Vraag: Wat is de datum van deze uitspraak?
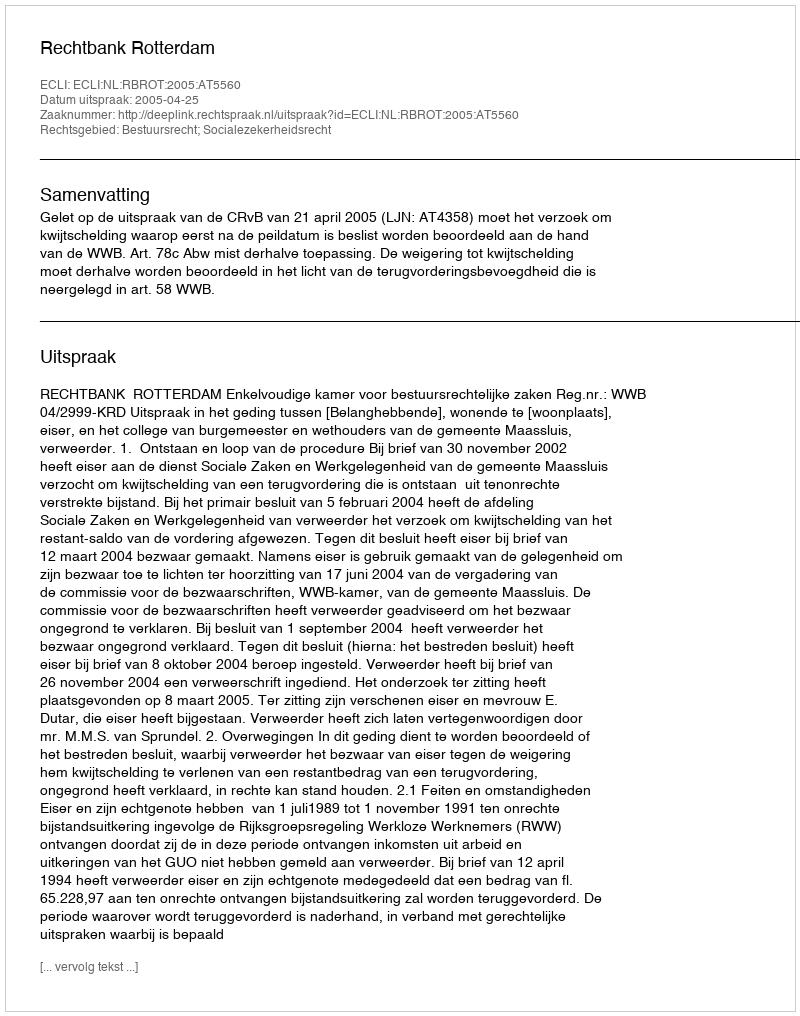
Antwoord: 2005-04-25